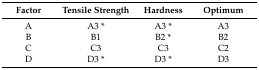
<table><thead><tr><td><b>Factor</b></td><td><b>Tensile Strength</b></td><td><b>Hardness</b></td><td><b>Optimum</b></td></tr></thead><tbody><tr><td>A</td><td>A3 *</td><td>A3 *</td><td>A3</td></tr><tr><td>B</td><td>B1</td><td>B2 *</td><td>B2</td></tr><tr><td>C</td><td>C3</td><td>C3</td><td>C2</td></tr><tr><td>D</td><td>D3 *</td><td>D3 *</td><td>D3</td></tr></tbody></table>